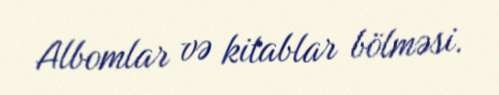
Albomlar və kitablar bölməsi.